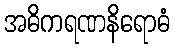
အဓိကရဏနိရောဓံ